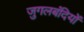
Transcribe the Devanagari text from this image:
जुगलबंदियों